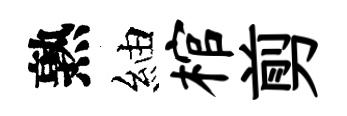
熟紬棺剪